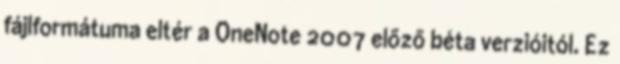
fájlformátuma eltér a OneNote 2007 előző béta verzióitól. Ez